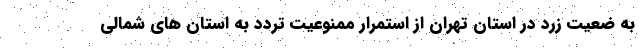
به ضعیت زرد در استان تهران از استمرار ممنوعیت تردد به استان های شمالی